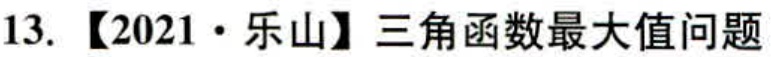
13. 【2021·乐山】三角函数最大值问题